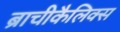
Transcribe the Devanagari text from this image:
ब्राचीकैलिक्स